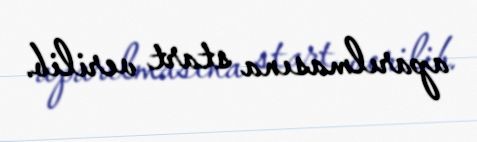
aparılmasına start verilib.